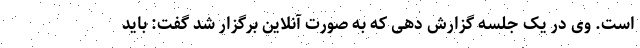
است. وی در یک جلسه گزارش دهی که به صورت آنلاین برگزار شد گفت: باید